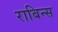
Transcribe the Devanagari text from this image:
राबिन्स